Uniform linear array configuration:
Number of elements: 4
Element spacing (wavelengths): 0.75
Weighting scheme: blackman
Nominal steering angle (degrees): -30
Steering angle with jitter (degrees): -28.293
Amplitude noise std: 0.05
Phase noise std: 0.05

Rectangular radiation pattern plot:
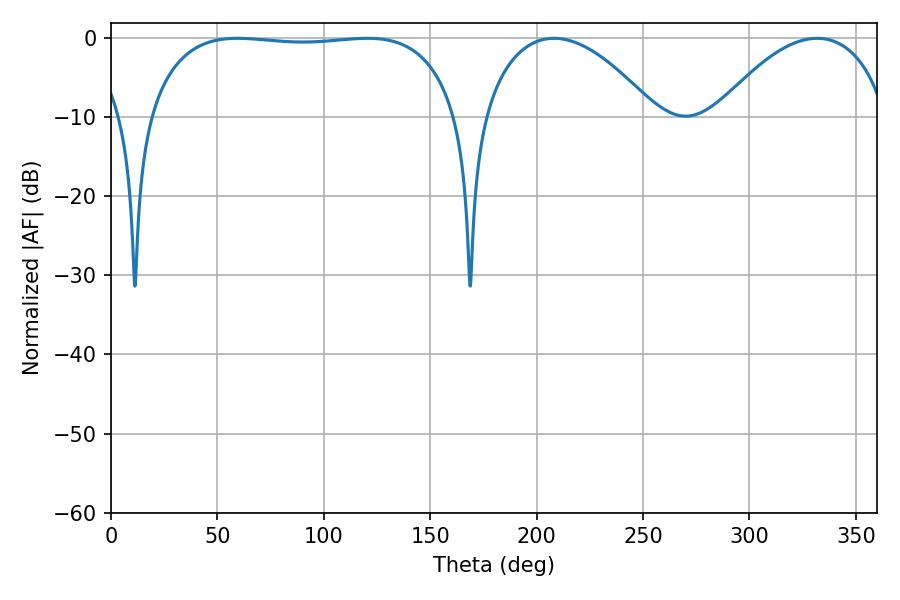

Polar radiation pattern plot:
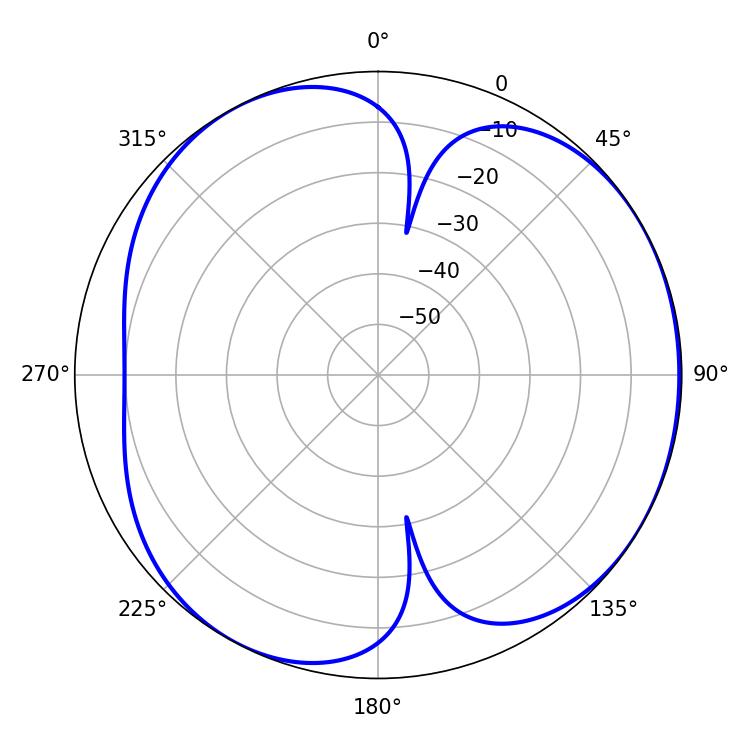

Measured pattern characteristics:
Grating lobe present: TRUE
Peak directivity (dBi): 4.545
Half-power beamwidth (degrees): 115.92
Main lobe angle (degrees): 59.4